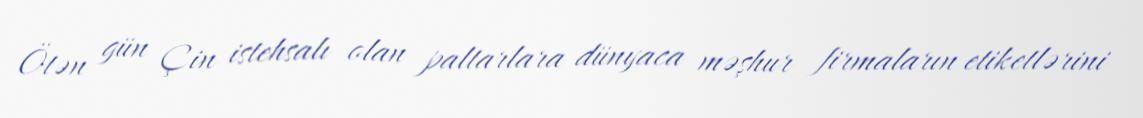
Ötən gün Çin istehsalı olan paltarlara dünyaca məşhur firmaların etiketlərini